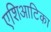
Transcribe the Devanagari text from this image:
एशिआटिका